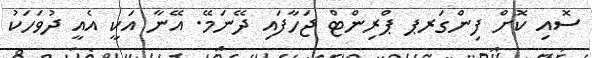
ސޮއި ކޮށް ފިންގަރޕ ޕްރިންޓް ޖަހާފައި ދޭނަމޭ. އޭނާ އަކީ އެއީ ދުވަހަކު